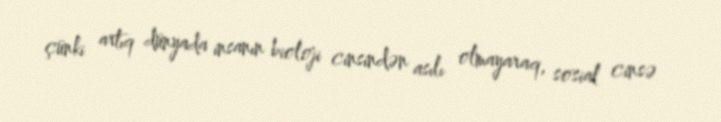
çünki artıq dünyada insanın bioloji cinsindən asılı olmayaraq, sosial cinsə